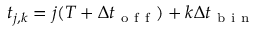
t _ { j , k } = j ( T + \Delta t _ { \mathrm { ~ o ~ f ~ f ~ } } ) + k \Delta t _ { \mathrm { ~ b ~ i ~ n ~ } }